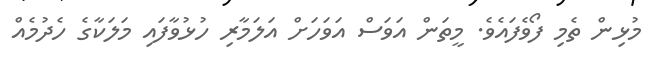
މުޅިން ތެމި ފޯވެފައެވެ. މީތަން އަވަސް އަވަހަށް އަލަމާރި ހުޅުވާފައި މަލަކާގެ ހެދުމެއް